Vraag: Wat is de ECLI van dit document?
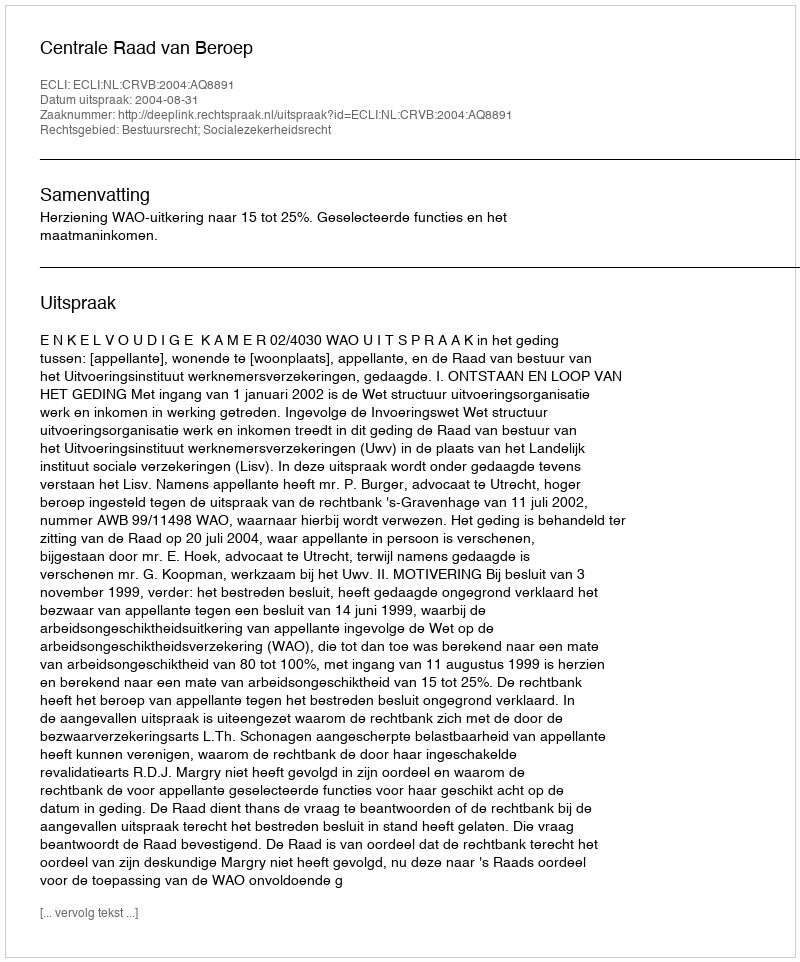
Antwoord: ECLI:NL:CRVB:2004:AQ8891